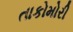
તાકોમોરી